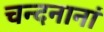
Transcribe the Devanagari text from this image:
चन्दनानां